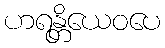
ဟရန္တိယေဝပေ